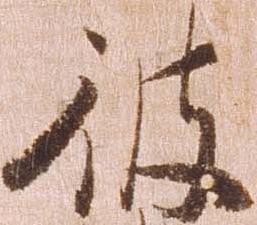
彼